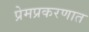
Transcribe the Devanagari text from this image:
प्रेमप्रकरणात